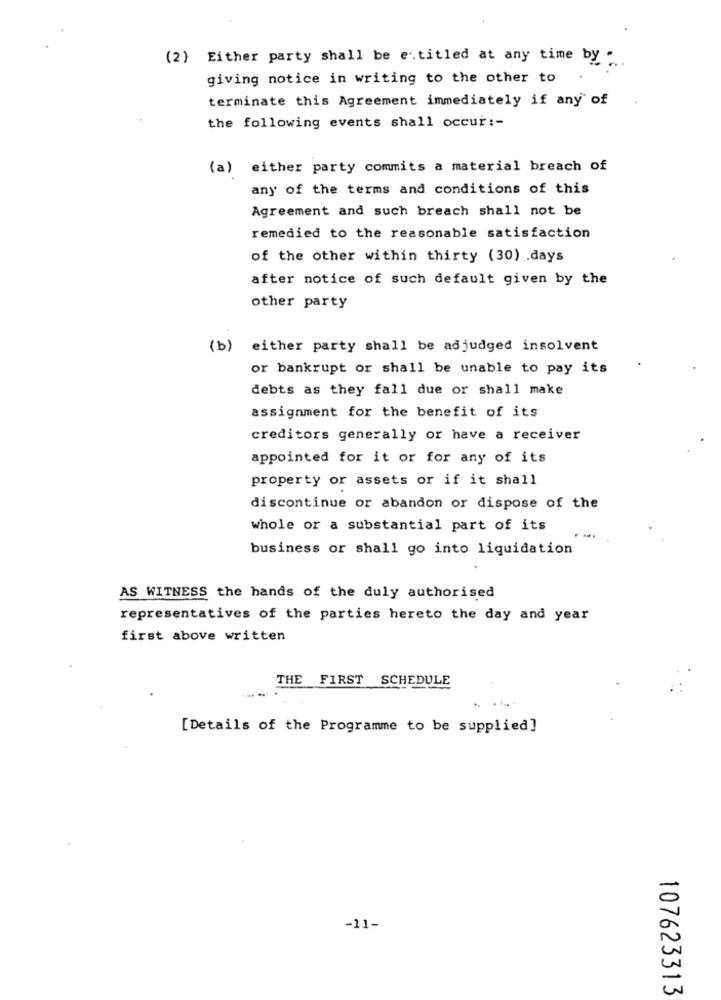
(2) Either party shall be e .titled at any time by
giving notice in writing to the other to
terminate this Agreement immediately if any of
the following events shall occur :-
(a) either party commits a material breach of
any of the terms and conditions of this
Agreement and such breach shall not be
remedied to the reasonable satisfaction
of the other within thirty (30) days
after notice of such default given by the
other party
(b) either party shall be adjudged insolvent
or bankrupt or shall be unable to pay its
debts as they fall due or shall make
assignment for the benefit of its
creditors generally or have a receiver
appointed for it or for any of its
property or assets or if it shall
discontinue or abandon or dispose of the
whole or a substantial part of its
business or shall go into liquidation
AS WITNESS the hands of the duly authorised
representatives of the parties hereto the day and year
first above written
THE FIRST SCHEDULE
[Details of the Programme to be supplied]
-11-
107623313